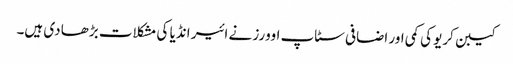
کیبن کریو کی کمی اور اضافی سٹاپ اوورز نے ائیر انڈیا کی مشکلات بڑھا دی ہیں۔